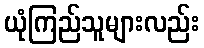
ယုံကြည်သူများလည်း